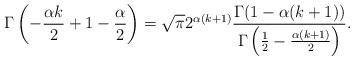
LaTeX: \begin{align*}\Gamma\left(-\frac{\alpha k}{2}+1-\frac{\alpha}{2}\right)= \sqrt{\pi}2^{\alpha(k+1)}\frac{\Gamma(1-\alpha(k+1))}{\Gamma\left(\frac{1}{2}-\frac{\alpha(k+1)}{2}\right)}.\end{align*}